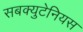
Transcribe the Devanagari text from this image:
सबक्युटेनियस